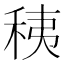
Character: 䄺